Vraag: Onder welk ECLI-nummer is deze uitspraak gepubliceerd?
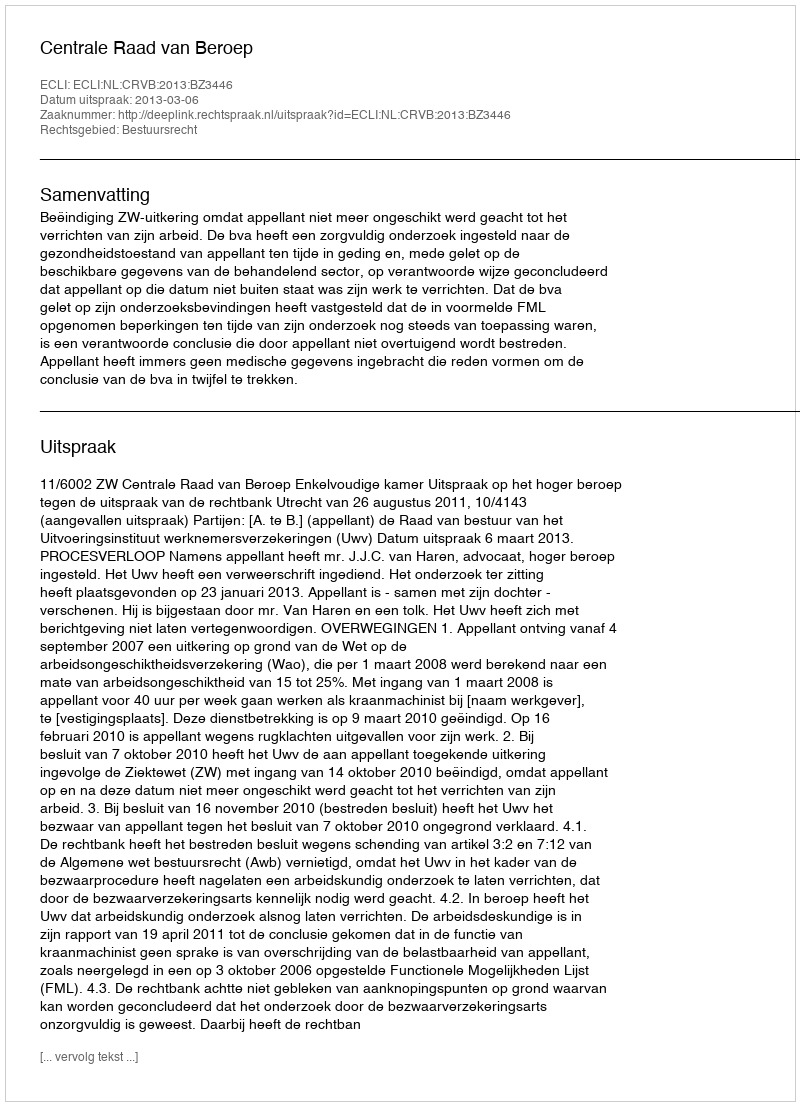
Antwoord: ECLI:NL:CRVB:2013:BZ3446